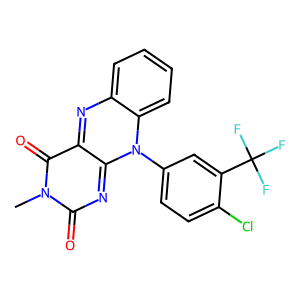
SMILES: Cn1c(=O)nc2n(-c3ccc(Cl)c(C(F)(F)F)c3)c3ccccc3nc-2c1=O
Inhibits HIV replication: No